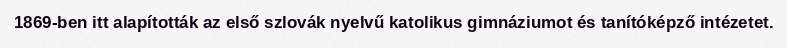
1869-ben itt alapították az első szlovák nyelvű katolikus gimnáziumot és tanítóképző intézetet.